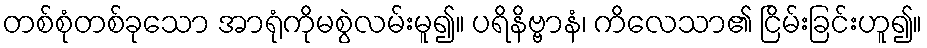
တစ်စုံတစ်ခုသော အာရုံကိုမစွဲလမ်းမူ၍။ ပရိနိဗ္ဗာနံ၊ ကိလေသာ၏ ငြိမ်းခြင်းဟူ၍။